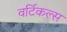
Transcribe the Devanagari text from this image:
वर्टिकल्स